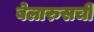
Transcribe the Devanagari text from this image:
बेलारुसची